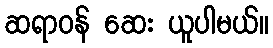
ဆရာဝန် ဆေး ယူပါမယ်။